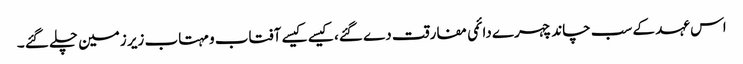
اس عہد کے سب چاند چہرے دائمی مفارقت دے گئے، کیسے کیسے آفتاب و مہتاب زیر زمین چلے گئے ۔